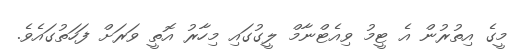
މީގެ އިތުރުން އެ ޓީމު ވިއެޓްނާމް ލީގުގައި މިހާރު އޮތީ ވަރަށް ފަހަތުގައެވެ.